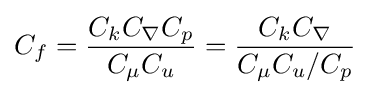
C_{f}={\frac {C_{k}C_{\nabla }C_{p}}{C_{\mu }C_{u}}}={\frac {C_{k}C_{\nabla }}{C_{\mu }C_{u}/C_{p}}}